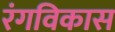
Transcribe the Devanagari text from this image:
रंगविकास